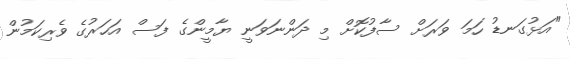
"އަޅުގަނޑު ހަމަ ވަރަށް ސާފުކޮށް މި ދަންނަވަނީ ޔާމީންގެ ފަސް އަހަރުގެ ވެރިކަމުން